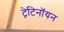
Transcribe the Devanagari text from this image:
ट्रेटिनॉयन